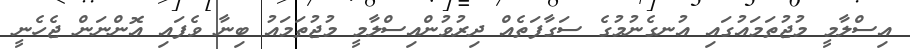
އިސްލާމީ މުޖުތަމައުގައި އުނގެނުމުގެ ސަގާފަތެއް ދިރުވުންއިސްލާމީ މުޖުތަމައު ބިނާ ވެފައި އޮންނަން ޖެހެނީ